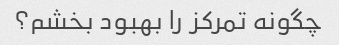
چگونه تمرکز را بهبود بخشم؟